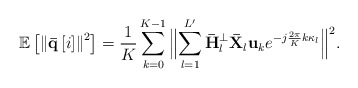
\begin{align*} {\mathbb E}\left[ {{{\left\| {{\bf{\bar q}}\left[i \right]} \right\|}^2}} \right] = \frac{1}{K}\sum\limits_{k = 0}^{K - 1} {{{\Big\| {\sum\limits_{{l} = 1}^{L'} {{{\bf{\bar H}}_{l}^ \bot {\bf{\bar X}}_{l} }{{\bf{u}}_k}{e^{ - j\frac{{2\pi }}{{K}}k{\kappa _{l}}}}} } \Big\|^2}}}. \end{align*}